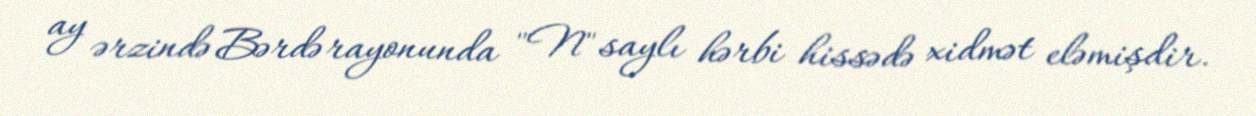
ay ərzində Bərdə rayonunda "N" saylı hərbi hissədə xidmət eləmişdir.